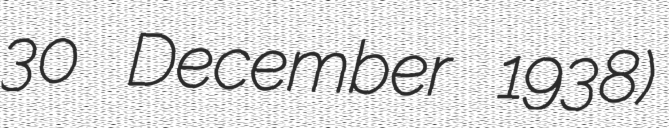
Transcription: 30 December 1938)